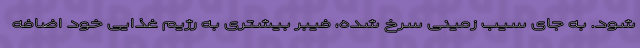
شود. به جای سیب زمینی سرخ شده، فیبر بیشتری به رژیم غذایی خود اضافه